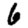
Digit: 6